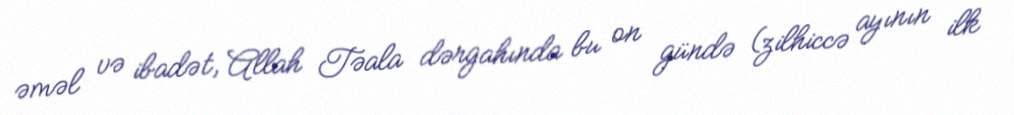
əməl və ibadət, Allah Təala dərgahında bu on gündə (zilhiccə ayının ilk